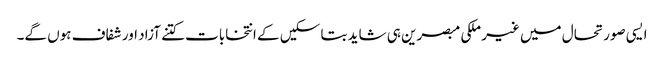
ایسی صورتحال میں غیر ملکی مبصرین ہی شاید بتا سکیں کے انتخابات کتنے آزاد اور شفاف ہوں گے۔